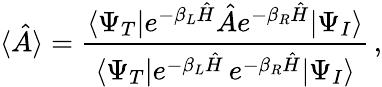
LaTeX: \langle\hat{A}\rangle=\frac{\langle\Psi_{T}|e^{-\beta_{L}\hat{H}}\hat{A}e^{-\beta_{R}\hat{H}}|\Psi_{I}\rangle}{\langle\Psi_{T}|e^{-\beta_{L}\hat{H}}\, e^{-\beta_{R}\hat{H}}|\Psi_{I}\rangle}\, ,